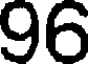
96